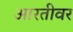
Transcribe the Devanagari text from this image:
आरतीवर